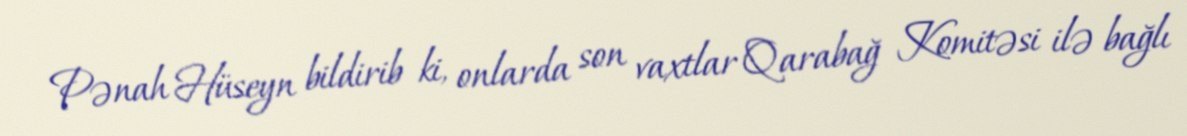
Pənah Hüseyn bildirib ki, onlarda son vaxtlar Qarabağ Komitəsi ilə bağlı